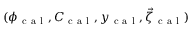
( \phi _ { \mathrm { ~ c ~ a ~ l ~ } } , C _ { \mathrm { ~ c ~ a ~ l ~ } } , y _ { \mathrm { ~ c ~ a ~ l ~ } } , \vec { \zeta } _ { \mathrm { ~ c ~ a ~ l ~ } } )